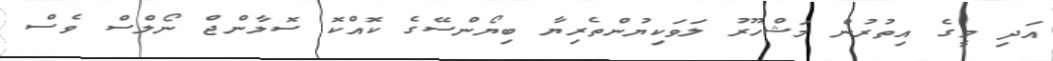
އަދި މީގެ އިތުރުން މަޝްހޫރު ލަވަކިޔުންތެރިޔާ ބިޔޯންސޭގެ ކޮއްކޮ ސޮލާންޖް ނޯލްސް ވެސް